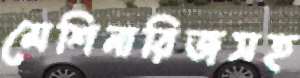
মেশিনারিজসহ